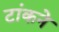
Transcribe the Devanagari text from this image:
टांकने